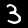
Label: 3